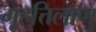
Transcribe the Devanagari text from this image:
गृहत्तिलाणु